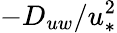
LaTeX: -D_{uw}/u_{*}^{2}